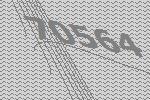
70564